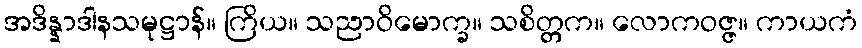
အဒိန္နာဒါနသမုဋ္ဌာန်။ ကြိယ။ သညာဝိမောက္ခ။ သစိတ္တက။ လောကဝဇ္ဇ။ ကာယကံ